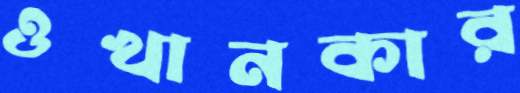
ওখানকার